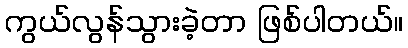
ကွယ်လွန်သွားခဲ့တာ ဖြစ်ပါတယ်။